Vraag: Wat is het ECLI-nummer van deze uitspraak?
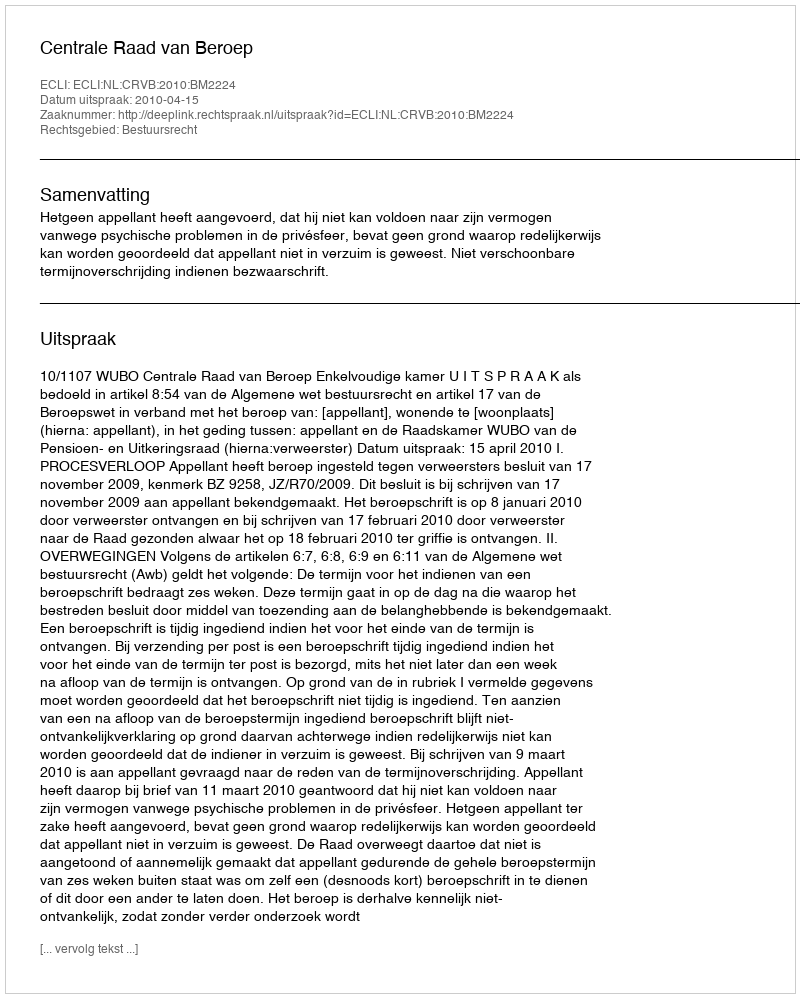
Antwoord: ECLI:NL:CRVB:2010:BM2224